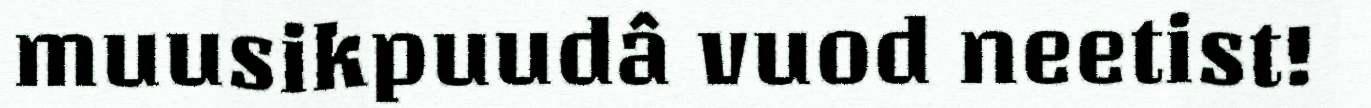
muusikpuudâ vuod neetist!